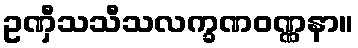
ဥဏှီသသီသလက္ခဏဝဏ္ဏနာ။